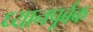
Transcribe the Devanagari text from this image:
ध्यानपूर्बक